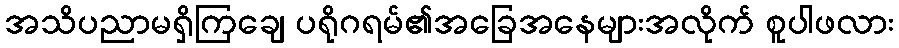
အသိပညာမရှိကြချေ ပရိုဂရမ်၏အခြေအနေများအလိုက် စူပါဖလား